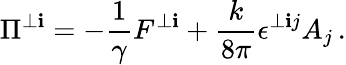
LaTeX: \Pi^{\perp\mathbf{i}}=-\frac{{1}}{{\gamma}}F^{\perp\mathbf{i}}+\frac{{k}}{{8\pi}}\epsilon^{\perp\mathbf{i}j}A_{j}\, .